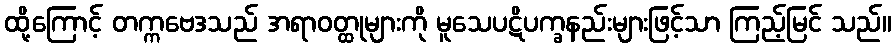
ထို့ကြောင့် တက္ကဗေဒသည် အရာဝတ္ထုများကို မူသေပဋိပက္ခနည်းများဖြင့်သာ ကြည့်မြင် သည်။